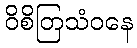
ဝိစိတြသံဝနေ